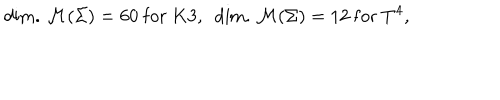
\mathrm { d i m . } ~ { \cal M } ( \Sigma ) = 6 0 ~ \mathrm { f o r } ~ K 3 , ~ ~ \mathrm { d i m . } ~ { \cal M } ( \Sigma ) = 1 2 ~ \mathrm { f o r } ~ T ^ { 4 } ,